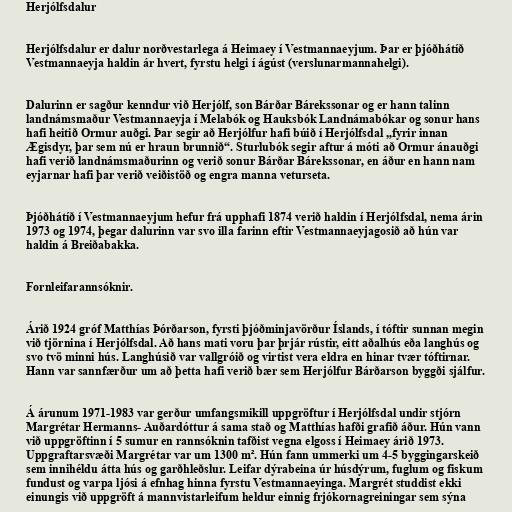
Herjólfsdalur

Herjólfsdalur er dalur norðvestarlega á Heimaey í Vestmannaeyjum. Þar er þjóðhátíð
Vestmannaeyja haldin ár hvert, fyrstu helgi í ágúst (verslunarmannahelgi).

Dalurinn er sagður kenndur við Herjólf, son Bárðar Bárekssonar og er hann talinn
landnámsmaður Vestmannaeyja í Melabók og Hauksbók Landnámabókar og sonur hans
hafi heitið Ormur auðgi. Þar segir að Herjólfur hafi búið í Herjólfsdal „fyrir innan
Ægisdyr, þar sem nú er hraun brunnið“. Sturlubók segir aftur á móti að Ormur ánauðgi
hafi verið landnámsmaðurinn og verið sonur Bárðar Bárekssonar, en áður en hann nam
eyjarnar hafi þar verið veiðistöð og engra manna veturseta.

Þjóðhátíð í Vestmannaeyjum hefur frá upphafi 1874 verið haldin í Herjólfsdal, nema árin
1973 og 1974, þegar dalurinn var svo illa farinn eftir Vestmannaeyjagosið að hún var
haldin á Breiðabakka.

Fornleifarannsóknir.

Árið 1924 gróf Matthías Þórðarson, fyrsti þjóðminjavörður Íslands, í tóftir sunnan megin
við tjörnina í Herjólfsdal. Að hans mati voru þar þrjár rústir, eitt aðalhús eða langhús og
svo tvö minni hús. Langhúsið var vallgróið og virtist vera eldra en hinar tvær tóftirnar.
Hann var sannfærður um að þetta hafi verið bær sem Herjólfur Bárðarson byggði sjálfur.

Á árunum 1971-1983 var gerður umfangsmikill uppgröftur í Herjólfsdal undir stjórn
Margrétar Hermanns- Auðardóttur á sama stað og Matthías hafði grafið áður. Hún vann
við uppgröftinn í 5 sumur en rannsóknin tafðist vegna elgoss í Heimaey árið 1973.
Uppgraftarsvæði Margrétar var um 1300 m². Hún fann ummerki um 4-5 byggingarskeið
sem innihéldu átta hús og garðhleðslur. Leifar dýrabeina úr húsdýrum, fuglum og fiskum
fundust og varpa ljósi á efnhag hinna fyrstu Vestmannaeyinga. Margrét studdist ekki
einungis við uppgröft á mannvistarleifum heldur einnig frjókornagreiningar sem sýna